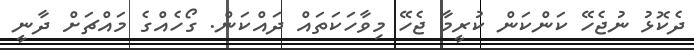
ދެކޮޅު ނުޖެހޭ ކަންކަން ކުރީމާ ޖެހޭ މިވާހަކަތައް ދައްކަން. ގޯހެއްގެ މައްޗަށް ދާނީ